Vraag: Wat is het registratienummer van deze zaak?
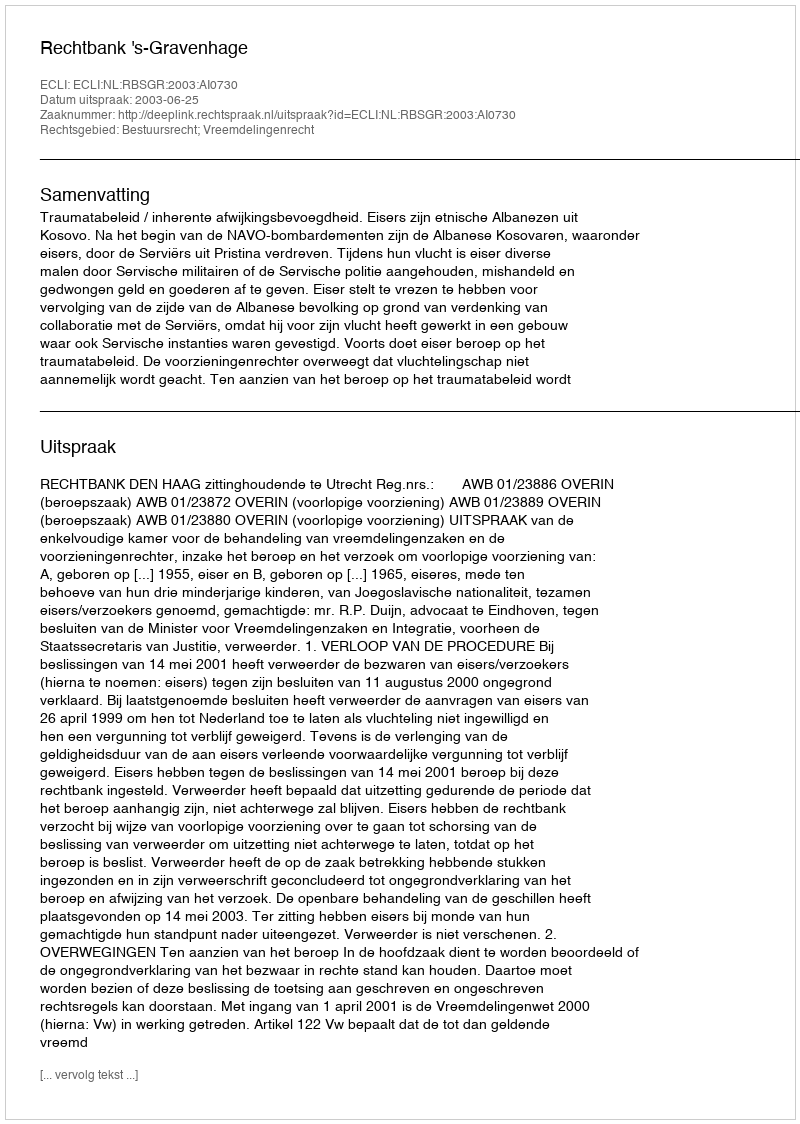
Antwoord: http://deeplink.rechtspraak.nl/uitspraak?id=ECLI:NL:RBSGR:2003:AI0730